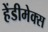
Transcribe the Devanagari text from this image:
हेंडीमेक्स